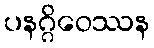
ပနဂ္ဂိဝေဿန